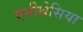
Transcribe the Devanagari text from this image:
एनीथेसिया